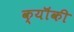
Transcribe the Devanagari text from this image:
क्यॊंकी